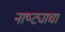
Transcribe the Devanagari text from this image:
नाष्ट्याचा